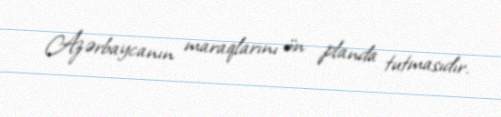
Azərbaycanın maraqlarını ön planda tutmasıdır.